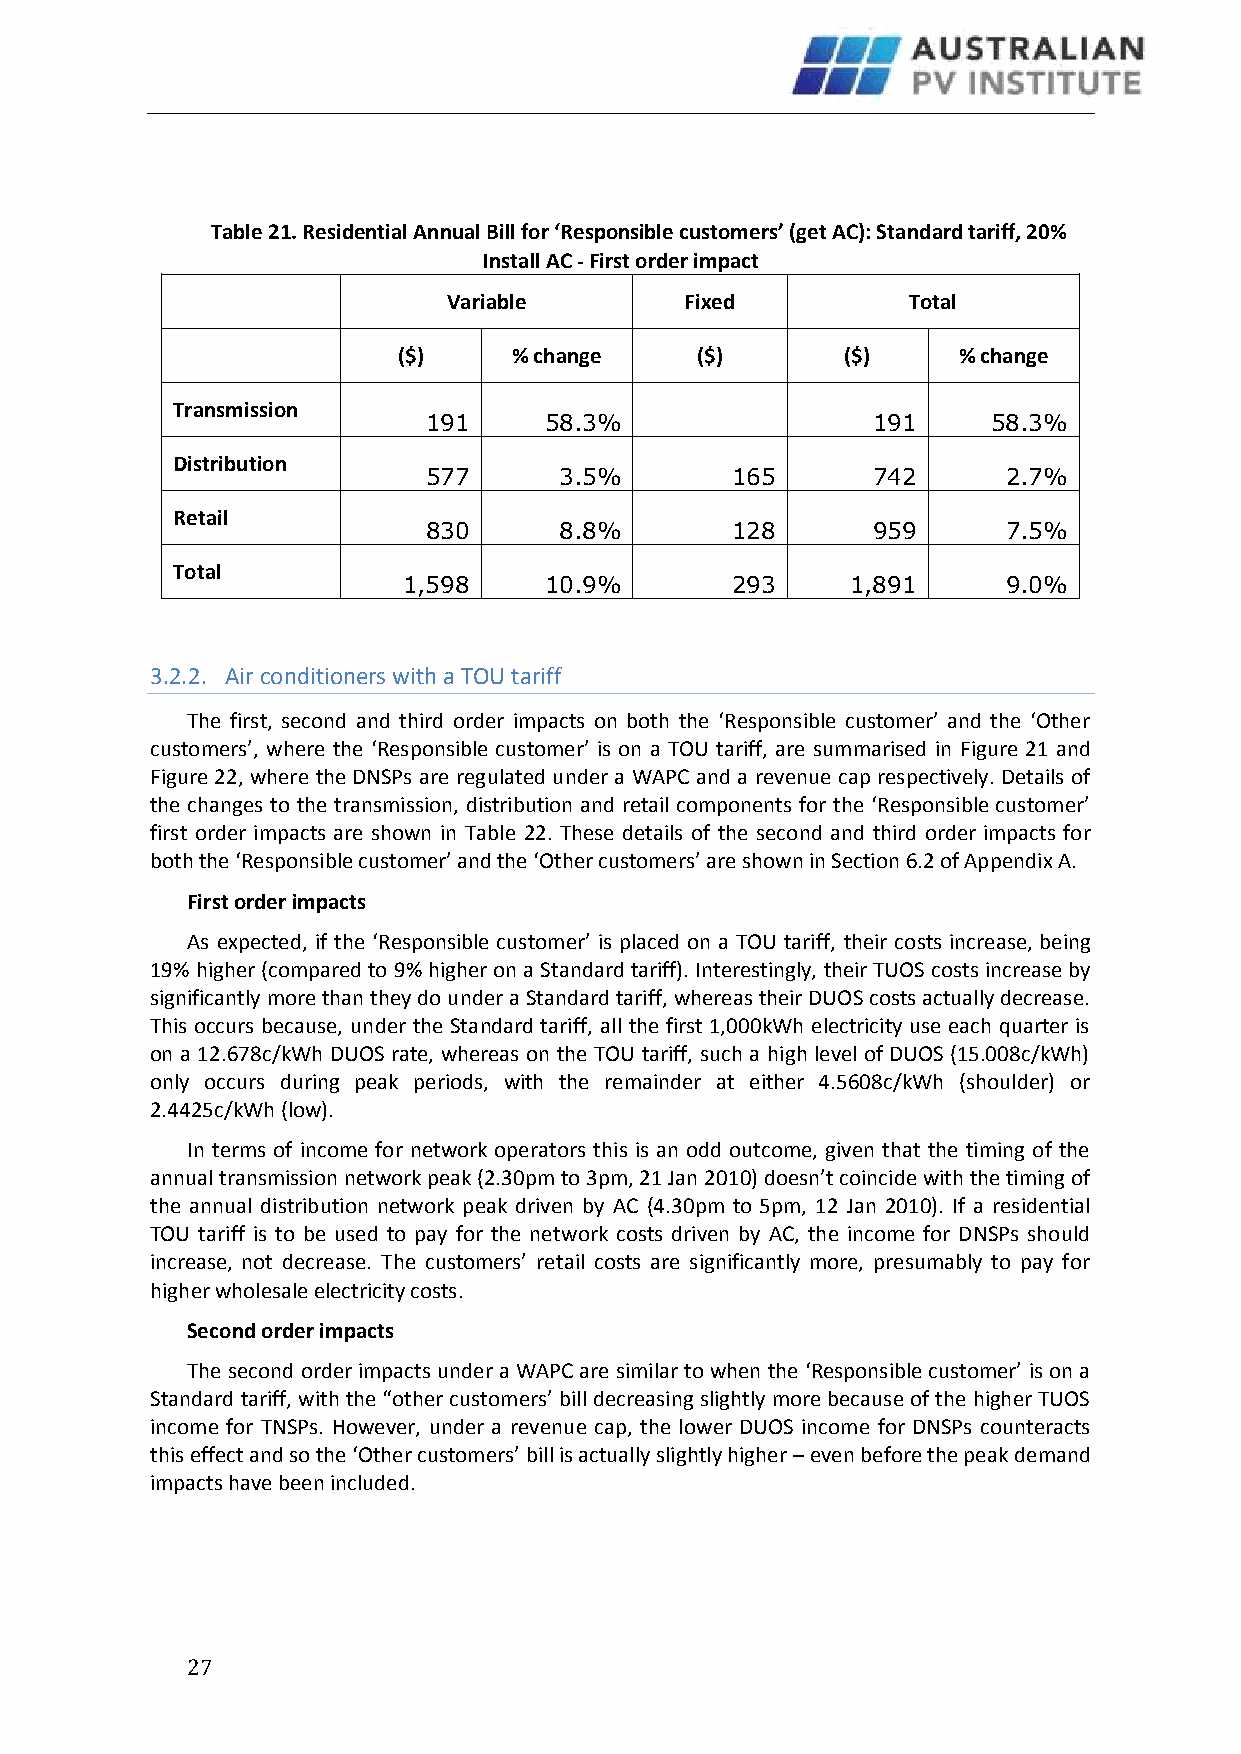
Table 21. Residential Annual Bill for ‘Responsible customers’ (get AC): Standard tariff, 20%
 Install AC - First order impact
 Variable       Fixed          Total
 ($)     % change    ($)       ($)    % change
 Transmission
 191     58.3%                 191     58.3%
 Distribution
 577      3.5%       165       742      2.7%
 Retail
 830      8.8%       128       959      7.5%
 Total
 1,598    10.9%       293     1,891      9.0%
 3.2.2. Air conditioners with a TOU tariff
 The first, second and third order impacts on both the ‘Responsible customer’ and the ‘Other
 customers’, where the ‘Responsible customer’ is on a TOU tariff, are summarised in Figure 21 and
 Figure 22, where the DNSPs are regulated under a WAPC and a revenue cap respectively. Details of
 the changes to the transmission, distribution and retail components for the ‘Responsible customer’
 first order impacts are shown in Table 22. These details of the second and third order impacts for
 both the ‘Responsible customer’ and the ‘Other customers’ are shown in Section 6.2 of Appendix A.
 First order impacts
 As expected, if the ‘Responsible customer’ is placed on a TOU tariff, their costs increase, being
 19% higher (compared to 9% higher on a Standard tariff). Interestingly, their TUOS costs increase by
 significantly more than they do under a Standard tariff, whereas their DUOS costs actually decrease.
 This occurs because, under the Standard tariff, all the first 1,000kWh electricity use each quarter is
 on a 12.678c/kWh DUOS rate, whereas on the TOU tariff, such a high level of DUOS (15.008c/kWh)
 only occurs during peak periods, with the remainder at either 4.5608c/kWh (shoulder) or
 2.4425c/kWh (low).
 In terms of income for network operators this is an odd outcome, given that the timing of the
 annual transmission network peak (2.30pm to 3pm, 21 Jan 2010) doesn’t coincide with the timing of
 the annual distribution network peak driven by AC (4.30pm to 5pm, 12 Jan 2010). If a residential
 TOU tariff is to be used to pay for the network costs driven by AC, the income for DNSPs should
 increase, not decrease. The customers’ retail costs are significantly more, presumably to pay for
 higher wholesale electricity costs.
 Second order impacts
 The second order impacts under a WAPC are similar to when the ‘Responsible customer’ is on a
 Standard tariff, with the “other customers’ bill decreasing slightly more because of the higher TUOS
 income for TNSPs. However, under a revenue cap, the lower DUOS income for DNSPs counteracts
 this effect and so the ‘Other customers’ bill is actually slightly higher – even before the peak demand
 impacts have been included.
 2 7